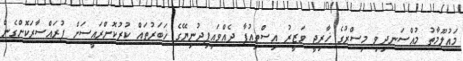
މައުލޫމާތު މުއްސަނދިވި މިސްރުގެ ޚާރިޖީ ވަޒީރު އިސްތިއުފާ ދެއްވައިފިދުނިޔޭގެ ޚަބަރުތައް ކުރުކޮށްރައީސަށް ފުރައްސާރަކޮށްގެން